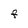
Character: F